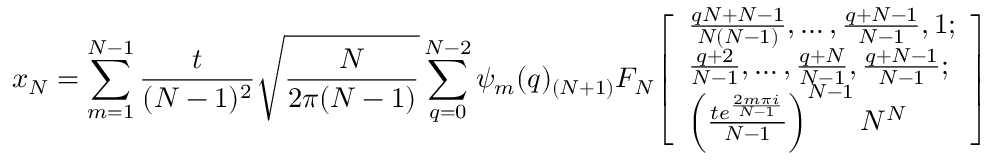
x _ { N } = \sum _ { m = 1 } ^ { N - 1 } { \frac { t } { ( N - 1 ) ^ { 2 } } } { \sqrt { \frac { N } { 2 \pi ( N - 1 ) } } } \sum _ { q = 0 } ^ { N - 2 } \psi _ { m } ( q ) _ { ( N + 1 ) } F _ { N } { \left[ \begin{array} { l } { { \frac { q N + N - 1 } { N ( N - 1 ) } } , \ldots , { \frac { q + N - 1 } { N - 1 } } , 1 ; } \\ { { \frac { q + 2 } { N - 1 } } , \ldots , { \frac { q + N } { N - 1 } } , { \frac { q + N - 1 } { N - 1 } } ; } \\ { \left( { \frac { t e ^ { \frac { 2 m \pi i } { N - 1 } } } { N - 1 } } \right) ^ { N - 1 } N ^ { N } } \end{array} \right] }